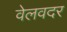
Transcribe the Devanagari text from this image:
वेलवदर